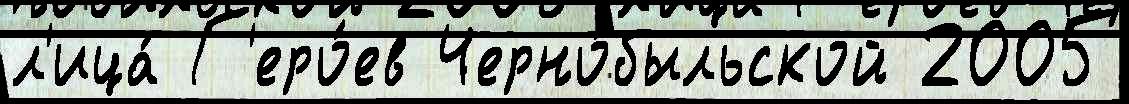
л'ица́ Г'еро́ев Черно́быльской 2005